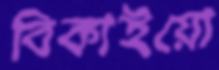
বিকাইয়ো